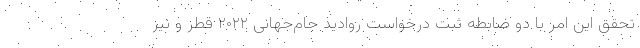
تحقق این امر با دو ضابطه ثبت درخواست روادید جام‌جهانی ۲۰۲۲ قطر و نیز